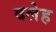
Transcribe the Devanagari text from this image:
दलेह